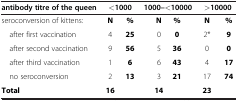
| antibody titre of the queen | <COLSPAN=2> <1000 | <COLSPAN=2> 1000–<10000 | <COLSPAN=2> >10000 |
 | --- | --- | --- | --- | --- | --- | --- |
 | seroconversion of kittens: | N | % | N | % | N | % |
 | after first vaccination | 4 | 25 | 0 | 0 | 2* | 9 |
 | after second vaccination | 9 | 56 | 5 | 36 | 0 | 0 |
 | after third vaccination | 1 | 6 | 6 | 43 | 4 | 17 |
 | no seroconversion | 2 | 13 | 3 | 21 | 17 | 74 |
 | Total | 16 |  | 14 |  | 23 |  |